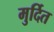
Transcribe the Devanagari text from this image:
मुर्दित